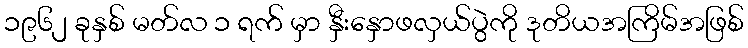
၁၉၆၂ ခုနှစ် မတ်လ ၁ ရက် မှာ နှီးနှောဖလှယ်ပွဲကို ဒုတိယအကြိမ်အဖြစ်